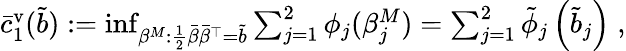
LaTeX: \begin{array}{r}{\bar{c}_{1}^{\mathrm{v}}(\tilde{b}):=\operatorname*{inf}_{\beta^{M}\colon\frac 12\bar{\beta}\bar{\beta}^{\top}=\tilde{b}}\sum_{j=1}^{2}\phi_{j}(\beta_{j}^{M})=\sum_{j=1}^{2}\tilde{\phi}_{j}\left(\tilde{b}_{j}\right)\; ,}\end{array}